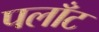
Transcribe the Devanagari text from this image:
पलाँट